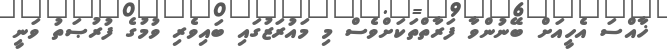
ޚާއްސަ އެހީއަށް ބޭނުންވާ ފަރާތްތަކަށްވެސް މި މައުރަޒުގައި ބައިވެރި ވުމުގެ ފުރުޞަތު ވަނީ